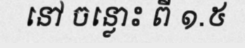
នៅ ចន្លោះ ពី ១.៥